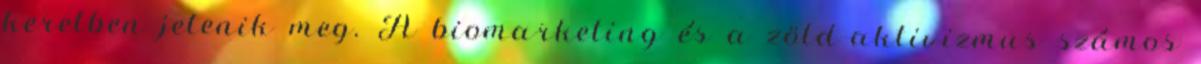
keretben jelenik meg. A biomarketing és a zöld-aktivizmus számos